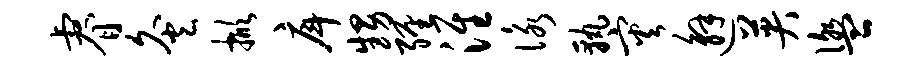
睿灸掀戽甥缠淮咏孰灾邂英盥